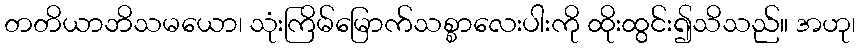
တတိယာဘိသမယော၊ သုံးကြိမ်မြောက်သစ္စာလေးပါးကို ထိုးထွင်း၍သိသည်။ အဟု၊